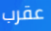
عقرب